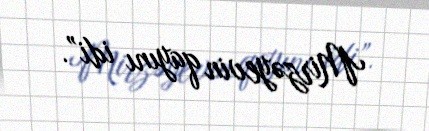
Mirzəyevin qayını idi”.